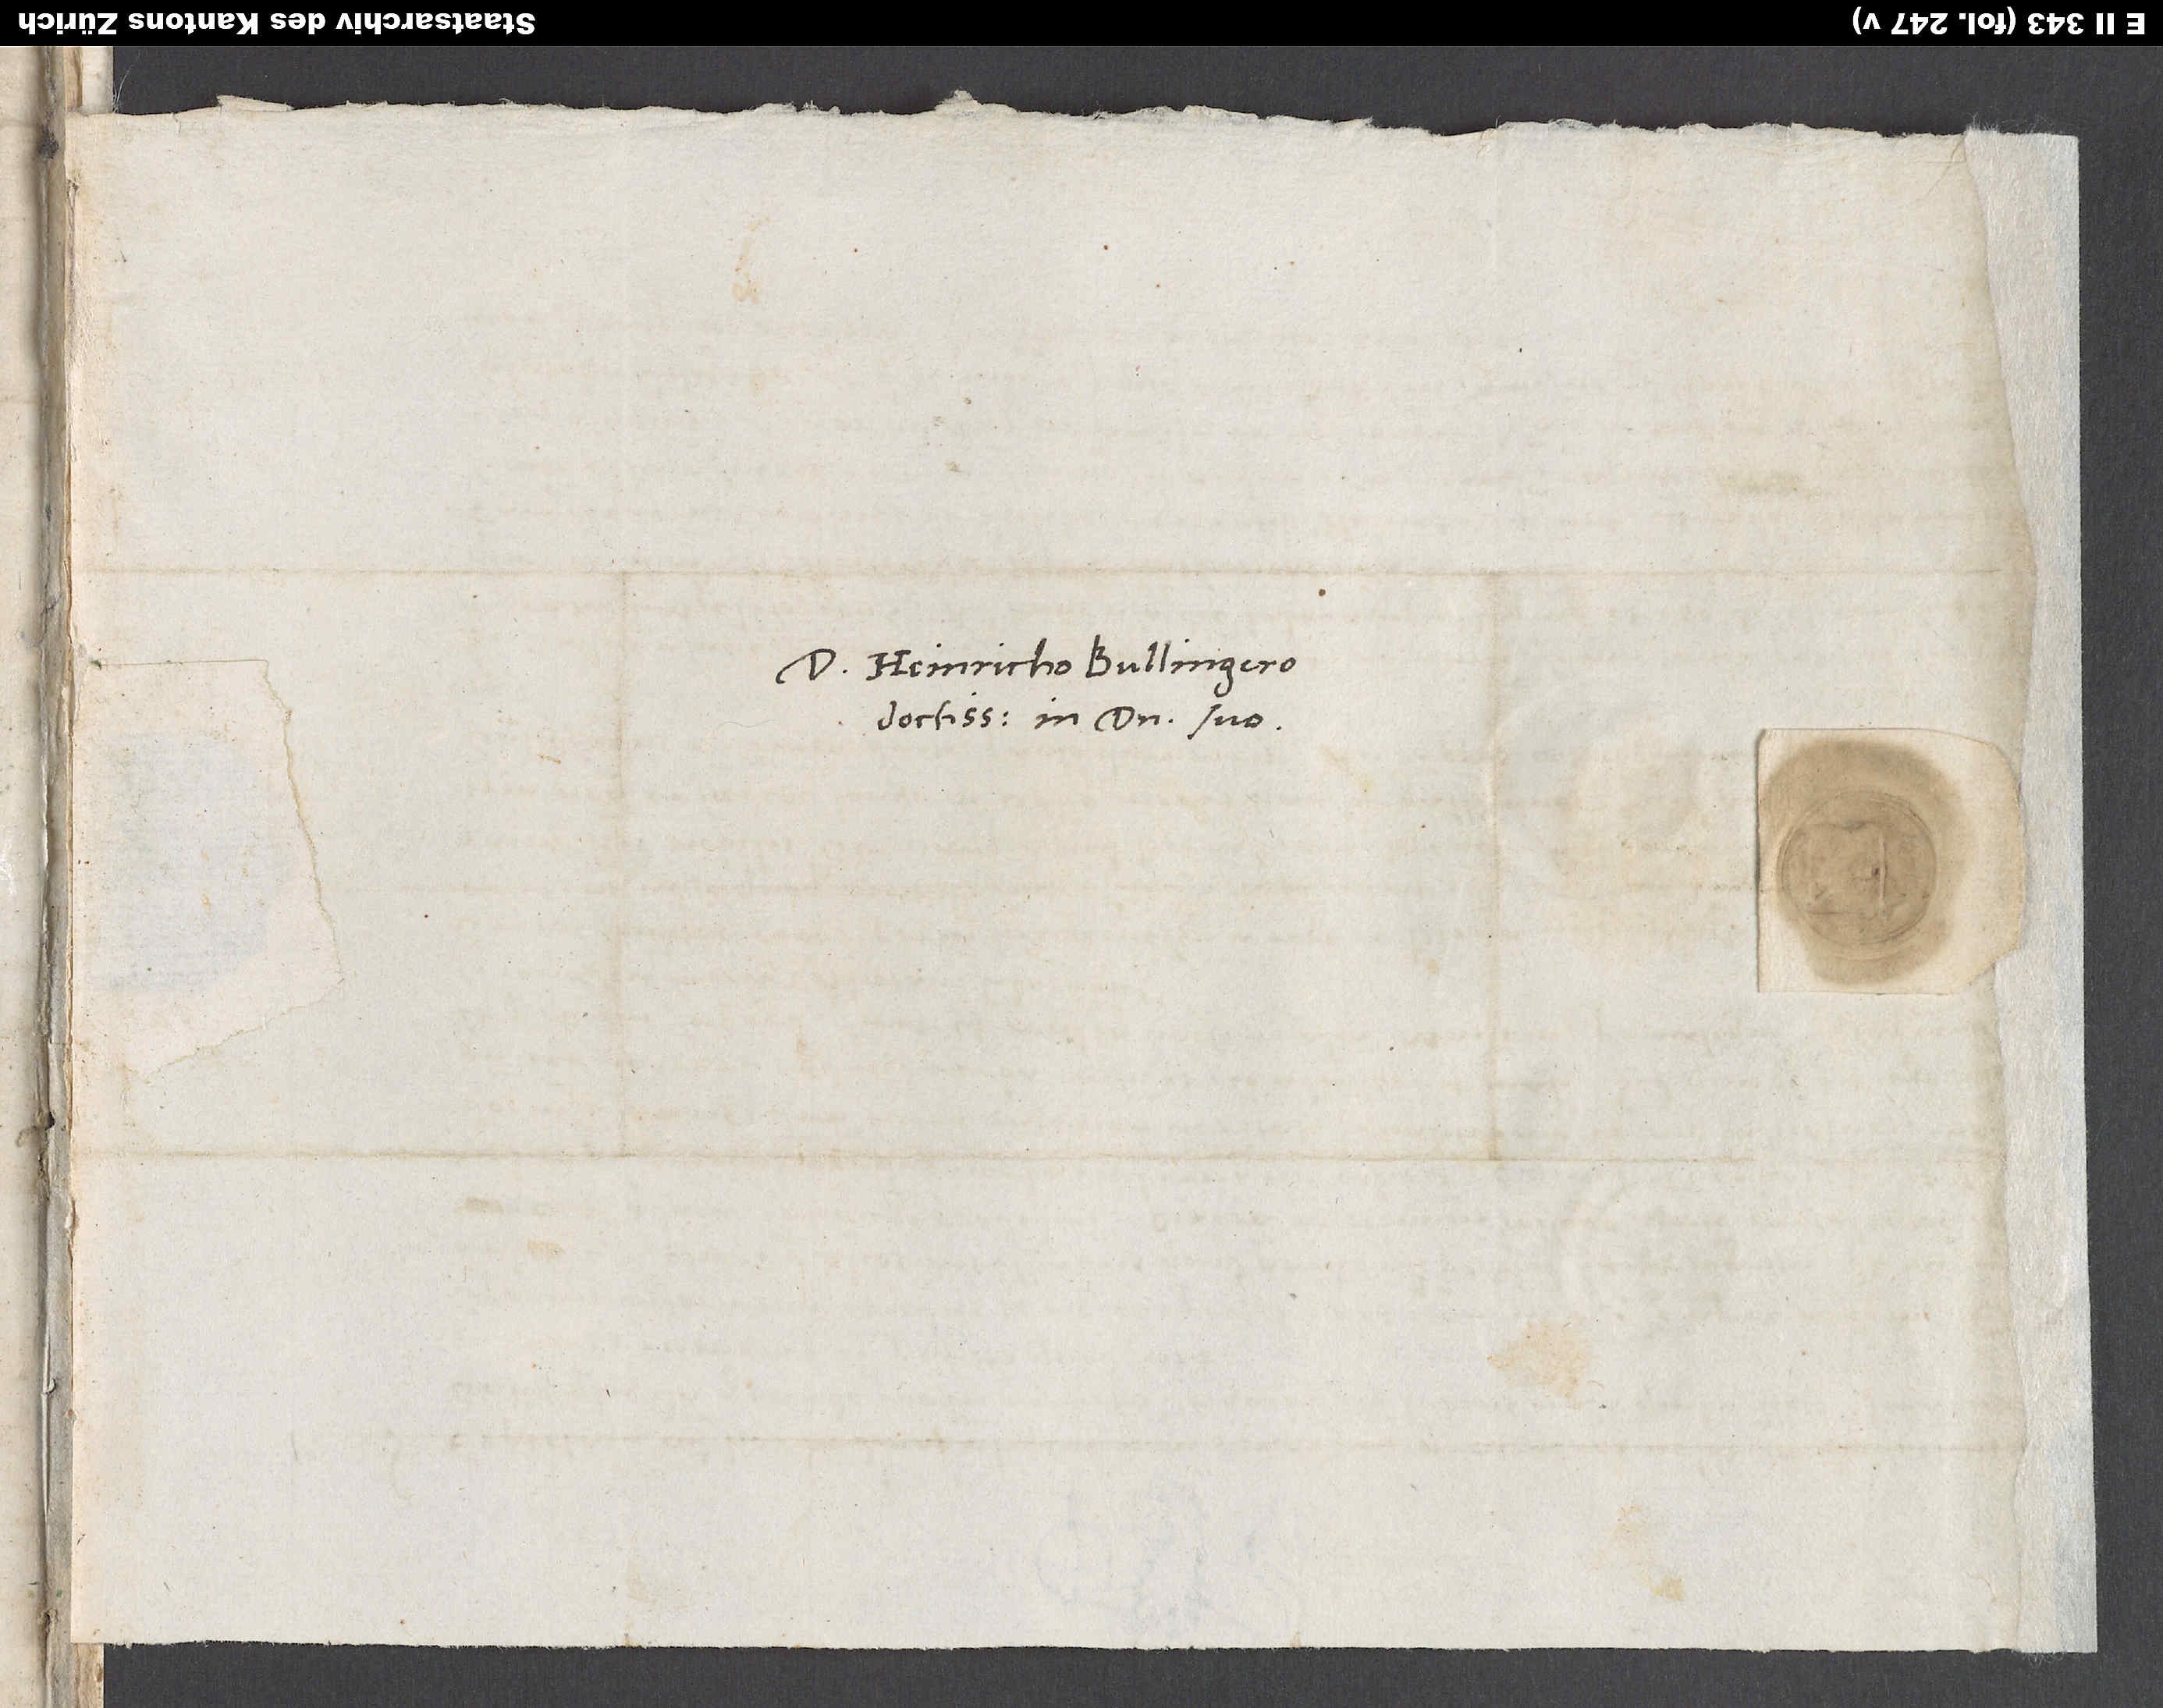
Domino Heinricho Bullingero
doctissimo in domino suo.